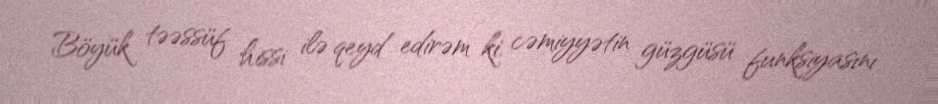
Böyük təəssüf hissi ilə qeyd edirəm ki, cəmiyyətin güzgüsü funksiyasını